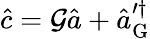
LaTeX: \hat{c}=\mathcal{G}\hat{a}+\hat{a}_{\mathrm{G}}^{\prime\dagger}